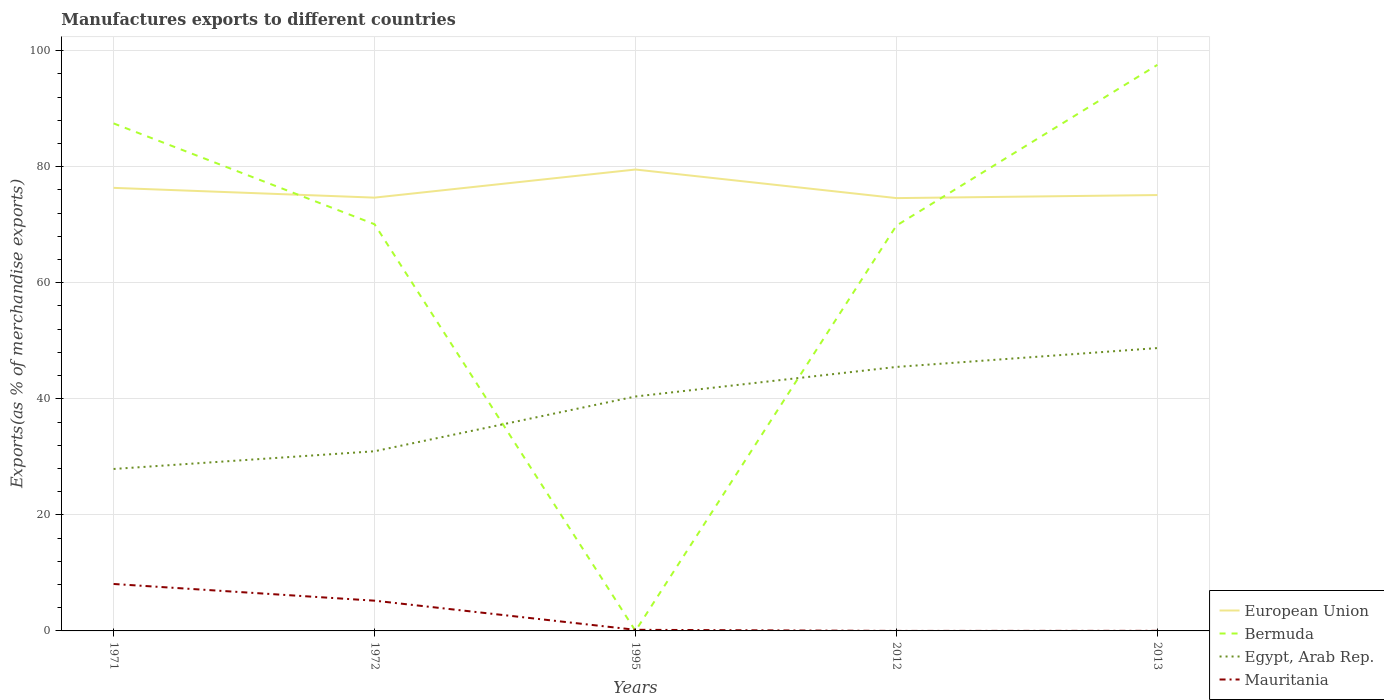
| Years | European Union | Bermuda | Egypt, Arab Rep. | Mauritania |
 | --- | --- | --- | --- | --- |
 | 1971 | 76.3 | 87.5 | 27.9 | 8.09 |
 | 1972 | 74.7 | 70.1 | 31 | 5.21 |
 | 1995 | 79.5 | 0.00922 | 40.4 | 0.193 |
 | 2012 | 74.6 | 69.8 | 45.5 | 0.00157 |
 | 2013 | 75.1 | 97.5 | 48.7 | 0.0153 |